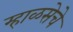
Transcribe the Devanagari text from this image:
म्हाळसेचे